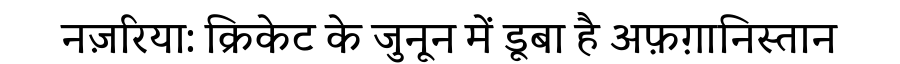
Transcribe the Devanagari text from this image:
नज़रिया: क्रिकेट के जुनून में डूबा है अफ़ग़ानिस्तान